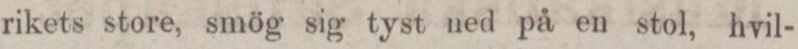
rikets store, smög sig tyst ned på en stol, hvil-